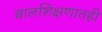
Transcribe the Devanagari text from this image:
बालशिक्षणातही